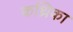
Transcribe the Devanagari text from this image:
कथ्रिका